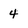
Character: 4